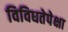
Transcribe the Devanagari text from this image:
विविधतेपेक्षा